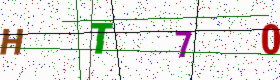
Text: HT70